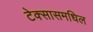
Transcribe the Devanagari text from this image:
टेक्सासमधिल